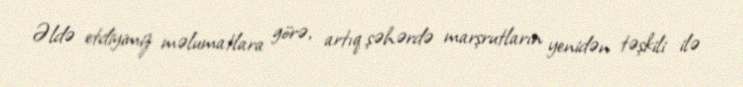
Əldə etdiyimiz məlumatlara görə, artıq şəhərdə marşrutların yenidən təşkili ilə